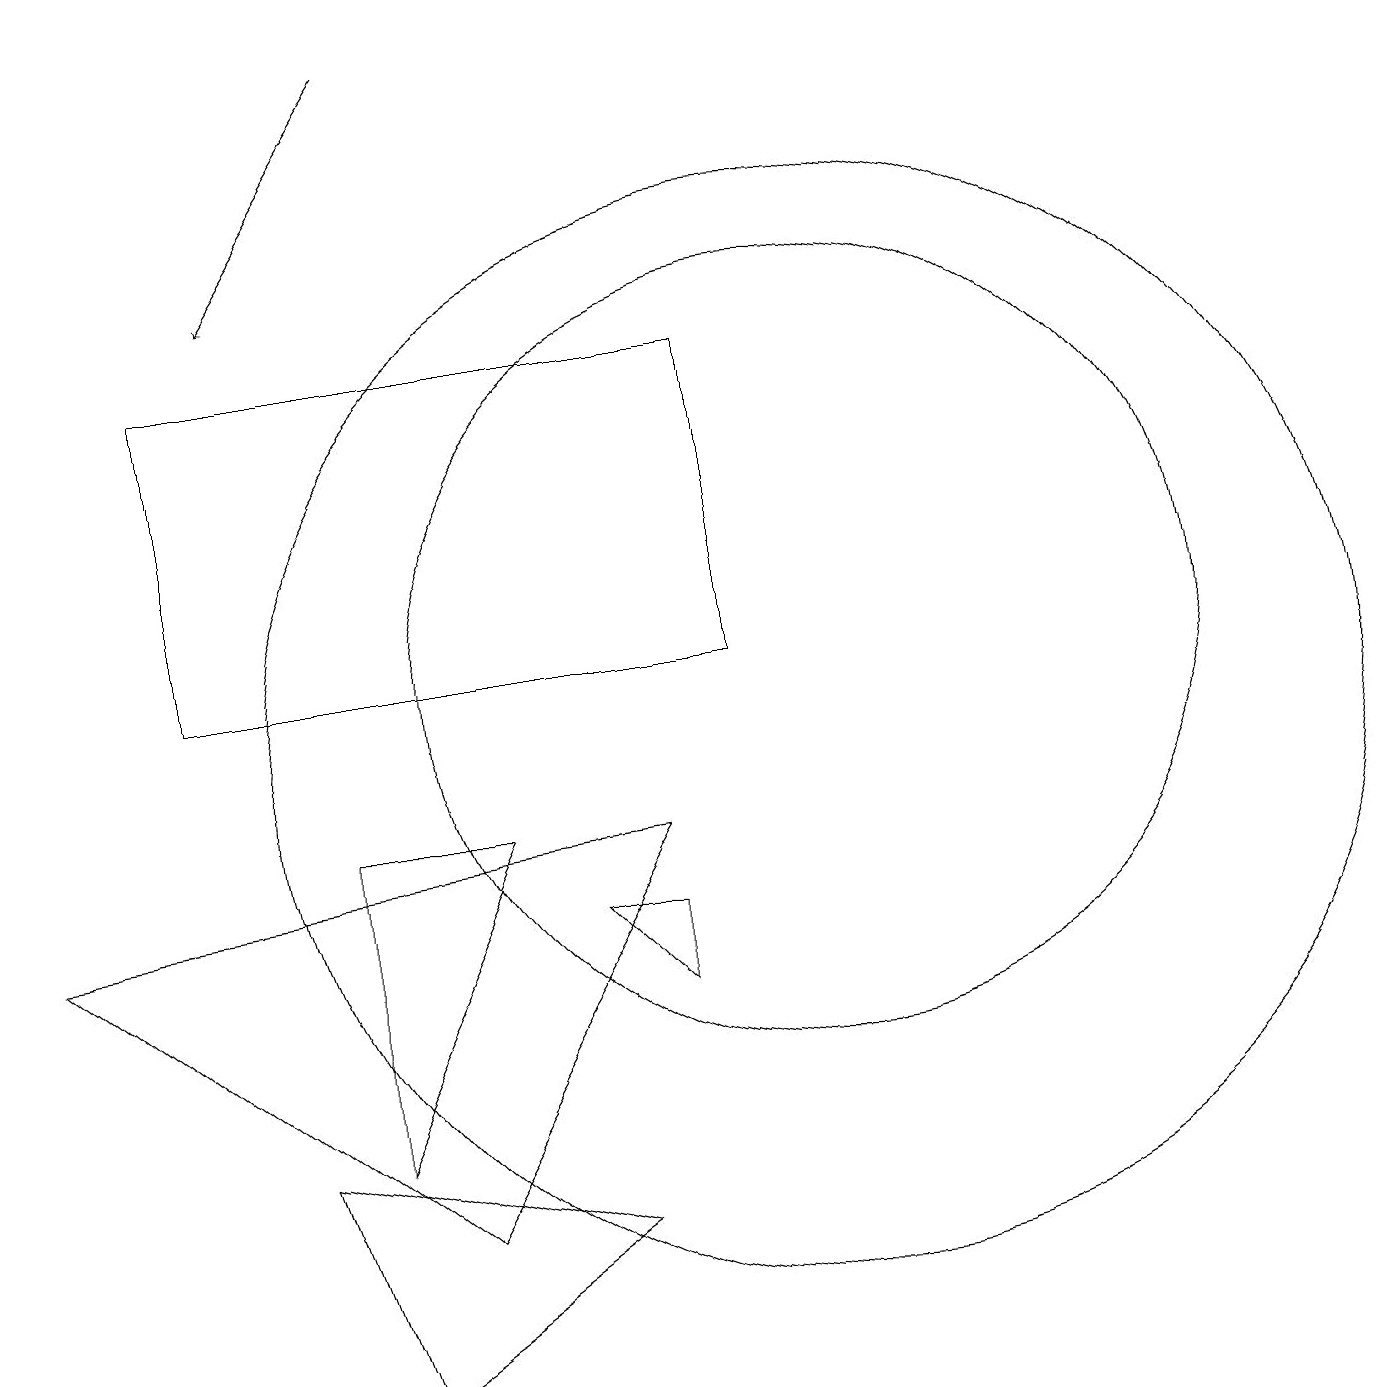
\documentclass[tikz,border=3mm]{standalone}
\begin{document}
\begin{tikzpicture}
\draw (10,10) circle (7);
\draw (10,11) circle (5);
\draw (8,7) -- (8,8) -- (7,8) -- cycle;
\draw (0,8) -- (8,9) -- (5,4) -- cycle;
\draw (7,4) -- (4,2) -- (3,5) -- cycle;
\draw (9,15) rectangle (2,11);
\draw[->] (5,19) -- (3,16);
\draw (4,5) -- (6,9) -- (4,9) -- cycle;
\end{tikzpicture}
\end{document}